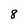
Character: 8